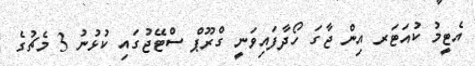
އެޓީމު ކުއަޓަރ އިން ޖާގަ ހޯދާފައިވަނީ ގްރޫޕް ސްޓޭޖުގައި ކުޅުނު 3 މެޗުގެ